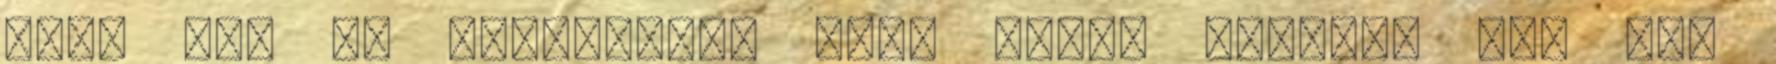
neki nem :D Nuggetzor: Majd talán beindul itt is.